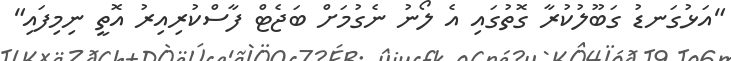
"އަޅުގަނޑު ގަބޫލުކުރާ ގޮތުގައި އެ ލޯނު ނެގުމަށް ބަޖެޓް ފާސްކުރިއިރު އޮތީ ނިމިފައި"